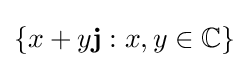
\{x+y\mathbf {j} :x,y\in \mathbb {C} \}